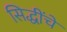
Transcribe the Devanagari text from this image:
सिद्धींचे